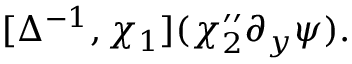
\begin{array} { r } { [ \Delta ^ { - 1 } , \chi _ { 1 } ] ( \chi _ { 2 } ^ { \prime \prime } \partial _ { y } \psi ) . } \end{array}